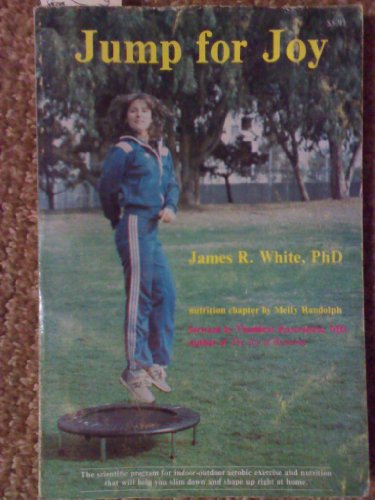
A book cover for Jump for Joy; PH.D. James R. White; Health, Fitness & Dieting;